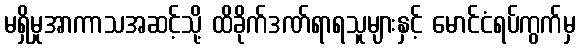
မရှိမှုအာကာသအဆင့်သို့ ထိခိုက်ဒဏ်ရာရသူများနှင့် မောင်ငံရပ်ကွက်မှ